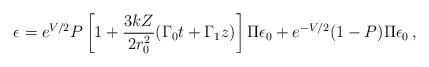
\begin{align*}\epsilon = e^{V/2} P \left[1 + \frac{3kZ}{2r_0^2}(\Gamma_0 t + \Gamma_1 z)\right] \Pi \epsilon_0 + e^{-V/2} (1 - P) \Pi \epsilon_0\,,\end{align*}